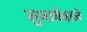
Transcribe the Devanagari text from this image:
सुनानेवाले